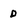
Character: D